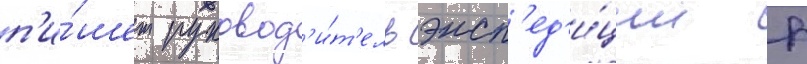
п'и́шет руковод'и́т'ель эксп'ед'и́ции р